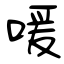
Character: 喛